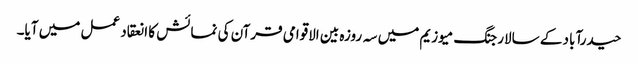
حیدرآباد کے سالارجنگ میوزیم میں سہ روزہ بین الاقوامی قرآن کی نمائش کا انعقاد عمل میں آیا۔